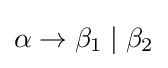
\alpha \rightarrow \beta _{1}\mid \beta _{2}